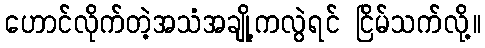
ဟောင်လိုက်တဲ့အသံအချို့ကလွဲရင် ငြိမ်သက်လို့။